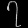
Digit: ၇